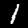
Label: 1